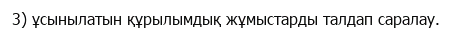
3) ұсынылатын құрылымдық жұмыстарды талдап саралау.